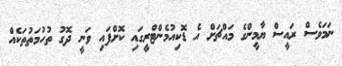
ނަމަވެސް ރައީސް ޔާމީންގެ މައްޗަށް އެ ޑޮކިއުމެންޓްރީގައި ކޮށްފައި ވަނީ ދޮގު ތުހުމަތުތަކެއް